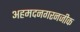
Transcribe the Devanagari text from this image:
अहमदनगरनजीक